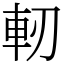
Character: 軔